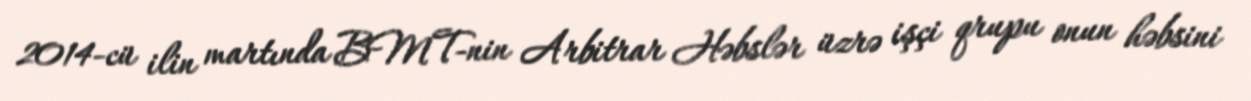
2014-cü ilin martında BMT-nin Arbitrar Həbslər üzrə işçi qrupu onun həbsini